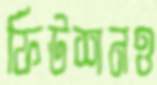
ফিউশনও